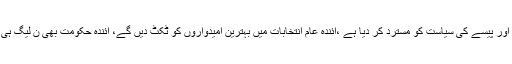
انہوں نے کہا کہ عوام نے ہمارے موقف کو پذیرائی بخشی ہے، عوام نے دھرنے اور پیسے کی سیاست کو مسترد کر دیا ہے ،آئندہ عام انتخابات میں بہترین امیدواروں کو ٹکٹ دیں گے، آئندہ حکومت بھی ن لیگ ہی کی ہو گی، پارٹی رہنما اور کارکن ووٹ کے تقدس کی بحالی کا پیغام عام کریں۔